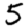
Digit: 5